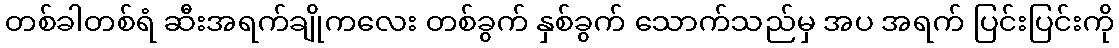
တစ်ခါတစ်ရံ ဆီးအရက်ချိုကလေး တစ်ခွက် နှစ်ခွက် သောက်သည်မှ အပ အရက် ပြင်းပြင်းကို